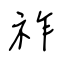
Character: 祚